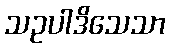
သဥပါဒိသေသာ